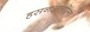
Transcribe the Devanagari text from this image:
हसनअलीला